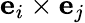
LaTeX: \boldsymbol{\mathrm{e}}_{i}\times\boldsymbol{\mathrm{e}}_{j}